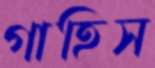
গাহিস